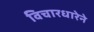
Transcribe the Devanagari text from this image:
विचारधारेने